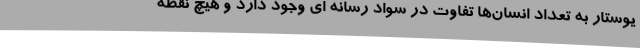
یوستار به تعداد انسان‌ها تفاوت در سواد رسانه ای وجود دارد و هیچ نقطه